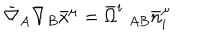
\bar { \nabla } _ { A } \bar { \nabla } _ { B } \bar { x } ^ { \mu } = \bar { \Omega } ^ { i } \; _ { A B } \bar { n } _ { i } ^ { \mu }